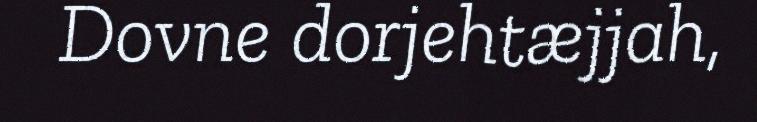
Dovne dorjehtæjjah,